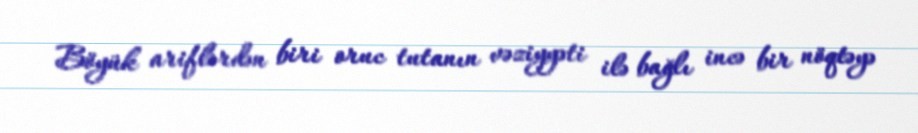
Böyük ariflərdən biri oruc tutanın vəziyyəti ilə bağlı incə bir nöqtəyə